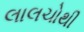
લાલચોથી